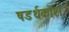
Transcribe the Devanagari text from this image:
षडर्थकोश